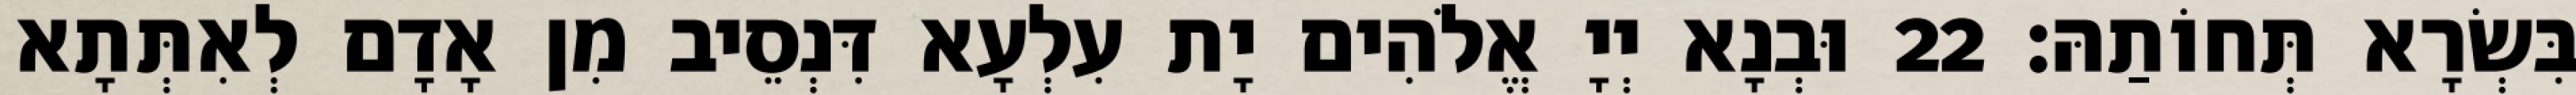
בִּשְׂרָא תְּחוֹתַהּ׃ 22 וּבְנָא יְיָ אֱלֹהִים יָת עִלְעָא דִּנְסֵיב מִן אָדָם לְאִתְּתָא